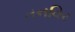
તનવિર